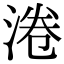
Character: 淃